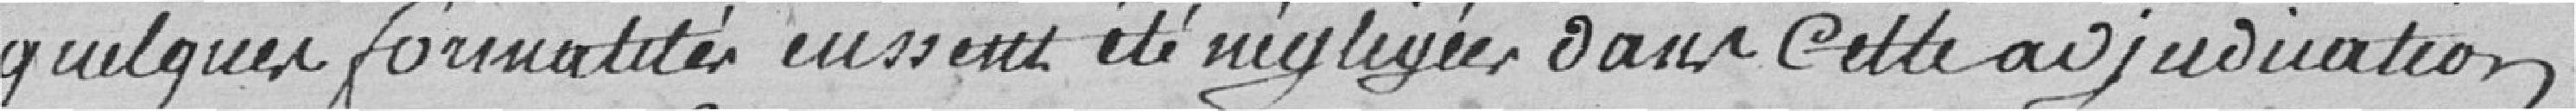
quelques formalités eussent été négligées dans cette adjjudication,